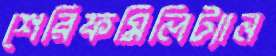
শেরিফমিলিট্যান